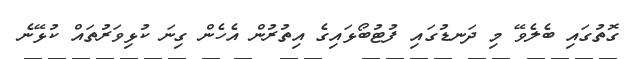
ގޮތުގައި ބެލެވޭ މި ދަނޑުގައި ފުޓުބޯޅައިގެ އިތުރުން އެހެން ގިނަ ކުޅިވަރުތައް ކުޅޭނެ